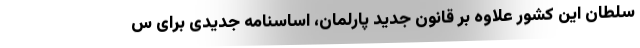
سلطان این کشور علاوه بر قانون جدید پارلمان، اساسنامه جدیدی برای س